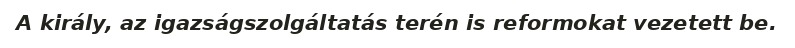
A király, az igazságszolgáltatás terén is reformokat vezetett be.